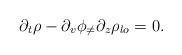
LaTeX: \begin{align*}\partial _{t} \rho-\partial_{v }\phi_{\neq}\partial _{z} \rho_{lo}=0. \end{align*}